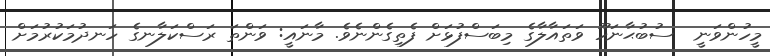
މީހުންވަނީ  ސުބުޙާނަހޫ ވަތައާލާގެ މިބަސްފުޅަށް ފެތިގެންނެވެ. މާނައީ: ވަންތަ ރަސްކަލާނގެ ހަނދުމަކުރުމަށް